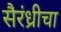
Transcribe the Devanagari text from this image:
सैरंध्रीचा